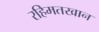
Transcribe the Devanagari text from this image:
रहिमतखान